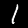
Label: 1